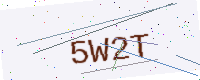
Text: 5W2T